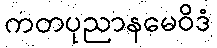
ကတပုညာနမေဝိဒံ